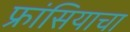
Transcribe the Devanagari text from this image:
फ्रांसियाचा